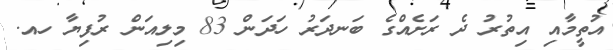
އުތީމާއި އިތުރު ދެ ރަށެއްގެ ބަނދަރު ހަދަން 83 މިލިއަން ރުފިޔާ ހއ.